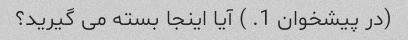
(در پیشخوان 1. ) آیا اینجا بسته می گیرید؟